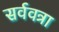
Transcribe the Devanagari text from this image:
सर्ववत्रा